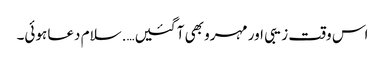
اس وقت زیبی اور مہرو بھی آ گئیں….سلام دعا ہوئی۔